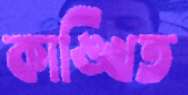
কাঙ্খিত